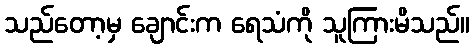
သည်တော့မှ ချောင်းက ရေသံကို သူကြားမိသည်။